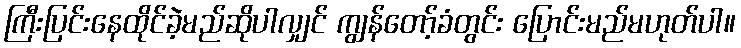
ကြီးပြင်းနေထိုင်ခဲ့မည်ဆိုပါလျှင် ကျွန်တော့်ခံတွင်း ပြောင်းမည်မဟုတ်ပါ။